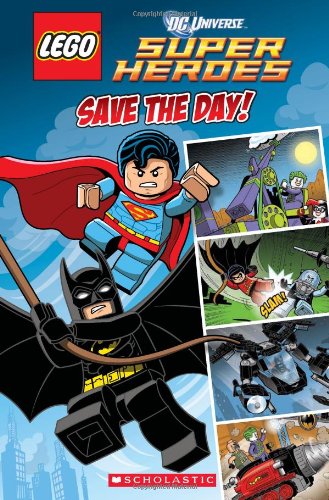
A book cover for LEGO DC Superheroes: Save the Day (Comic Reader #1); Trey King; Children's Books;